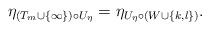
LaTeX: \begin{align*}\eta_{(T_m \cup \{\infty\})\circ U_{\eta}} = \eta_{U_{\eta} \circ (W \cup \{k,l\})}.\end{align*}